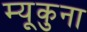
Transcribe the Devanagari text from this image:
म्यूकुना